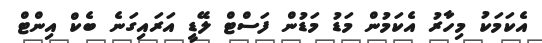
އެކަމަކު މިހާރު އެކަމުން މަޑު މަޑުން ފަސްޓް ލޭޑީ އަރައިގަނެ ބެކް އިންޓް